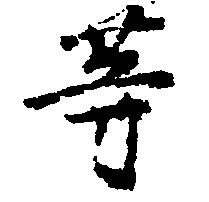
等